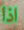
اذا